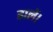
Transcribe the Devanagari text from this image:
ढालें।